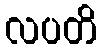
လပတိ